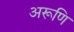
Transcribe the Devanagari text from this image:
अरूणि